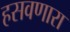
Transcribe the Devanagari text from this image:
हसवणारा